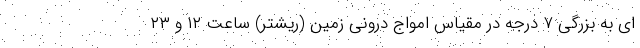
ای به بزرگی ۷ درجه در مقیاس امواج درونی زمین (ریشتر) ساعت ۱۲ و ۲۳